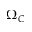
\Omega _ { C }